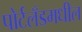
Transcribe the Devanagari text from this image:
पोर्टलँडमधील